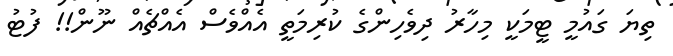
ތިޔަ ގައުމީ ޓީމަކީ މިހާރު ދިވެހިންގެ ކުރިމަތީ އެއްވެސް އެއްޗެއް ނޫން!! ފުޓު